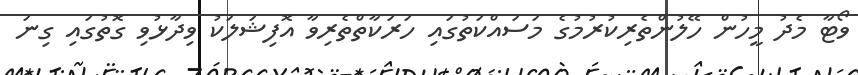
ވޯޓާ މެދު މީހުން ހޭލުންތެރިކުރުމުގެ މަސައްކަތުގައި ހަރަކާތްތެރިވާ އޮފިޝަލަކު ވިދާޅުވި ގޮތުގައި ގިނަ